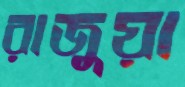
রাজুয়া